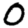
Digit: 0